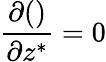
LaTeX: \frac{\partial{()}}{\partial{z^{*}}}=0